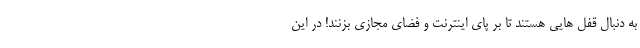
به دنبال قفل هایی هستند تا بر پای اینترنت و فضای مجازی بزنند! در این